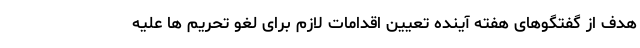
هدف از گفتگوهای هفته آینده تعیین اقدامات لازم برای لغو تحریم ها علیه